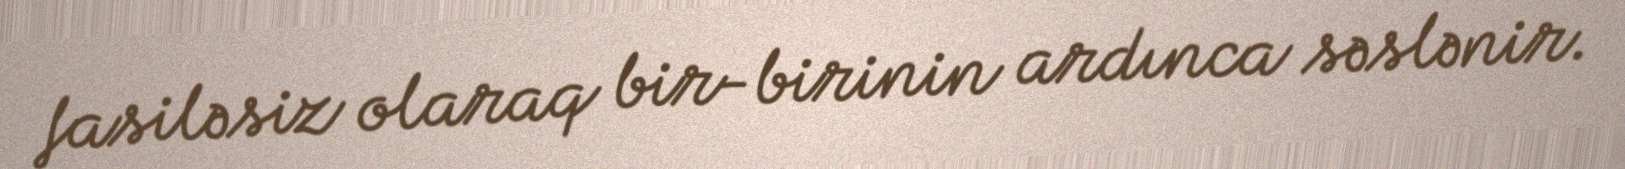
fasiləsiz olaraq bir-birinin ardınca səslənir.